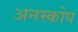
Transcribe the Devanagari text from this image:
अनस्कोप